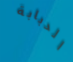
الدبابة